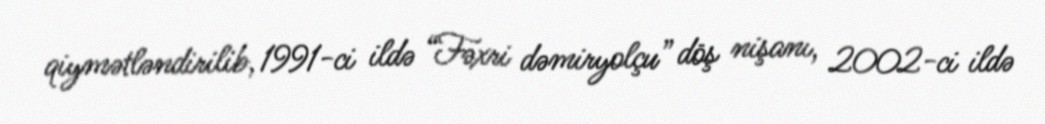
qiymətləndirilib, 1991-ci ildə “Fəxri dəmiryolçu” döş nişanı, 2002-ci ildə